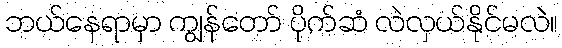
ဘယ်နေရာမှာ ကျွန်တော် ပိုက်ဆံ လဲလှယ်နိုင်မလဲ။